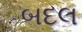
બદલ